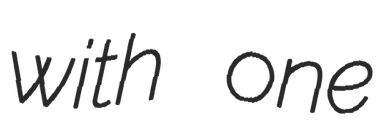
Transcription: with one